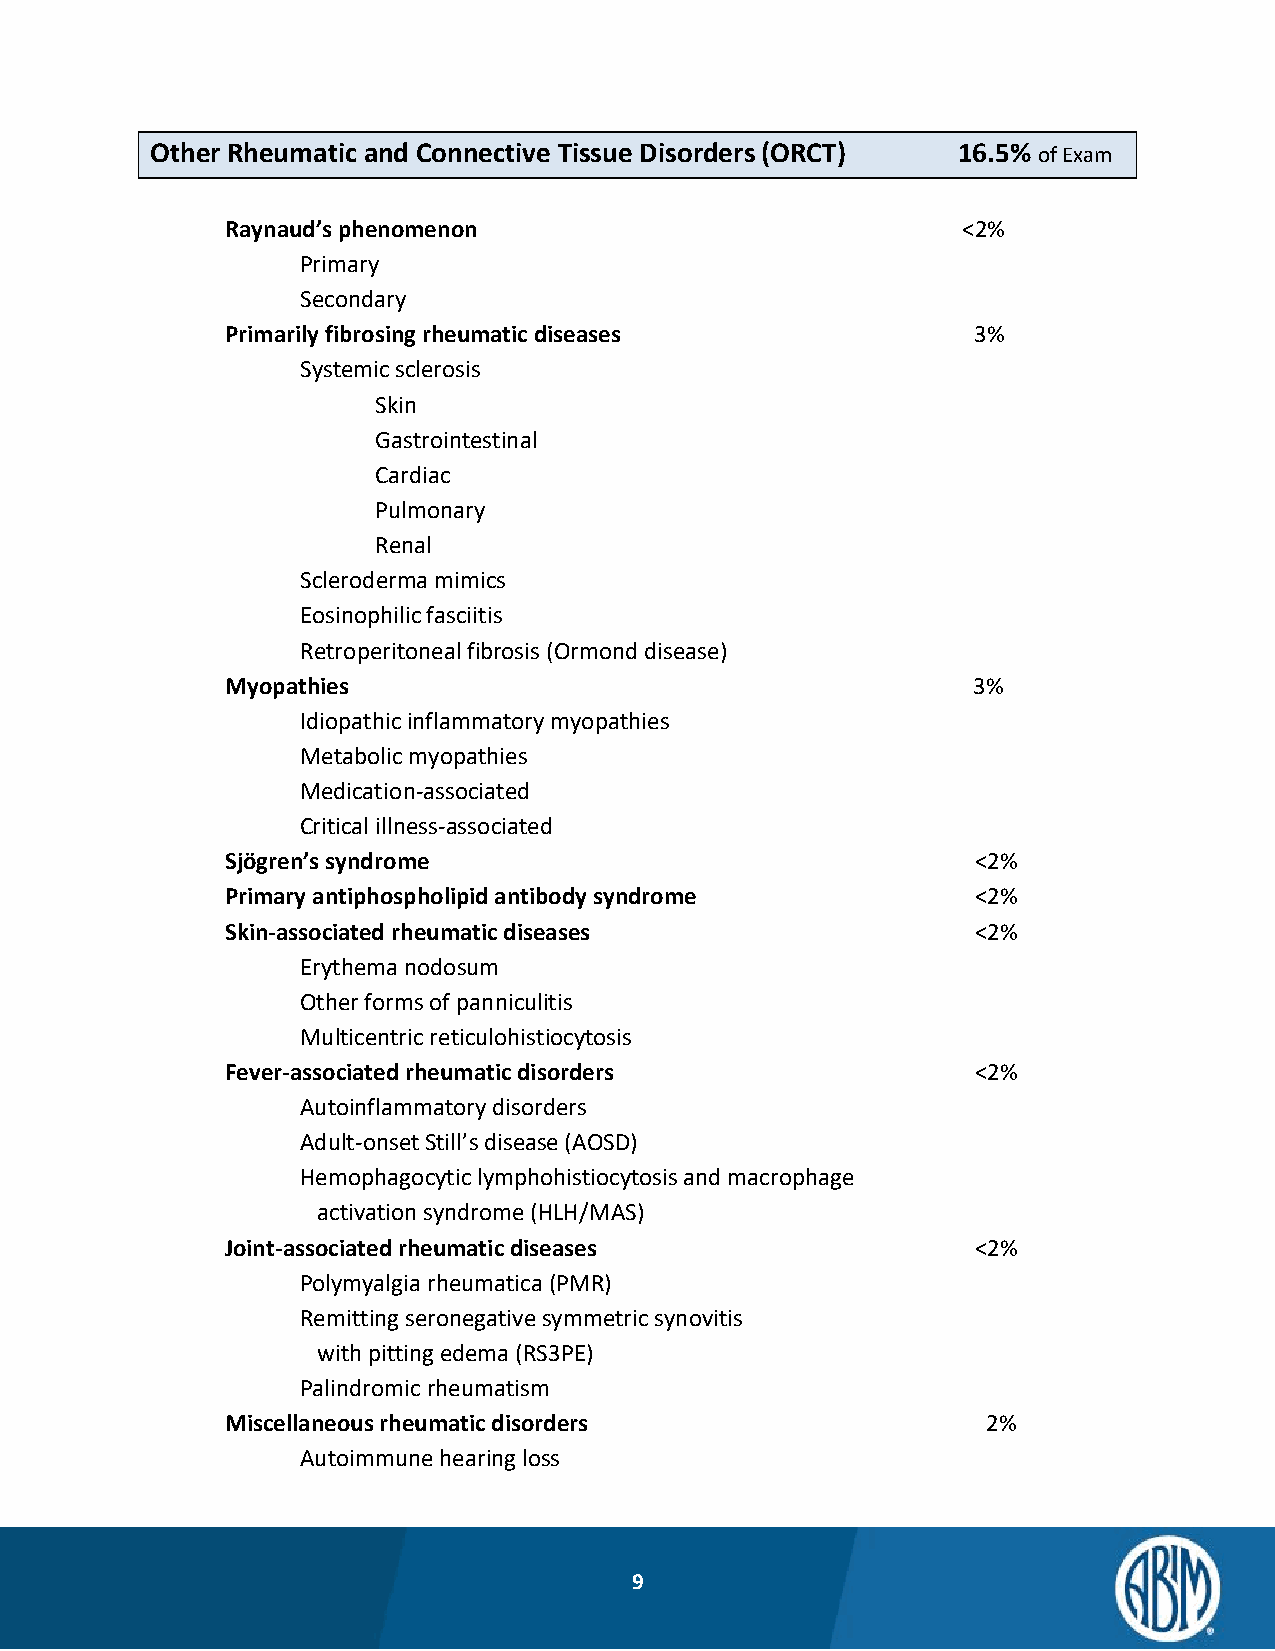
Other Rheumatic and Connective Tissue Disorders (ORCT) 16.5% of Exam
 Raynaud’s phenomenon                             <2%
 Primary
 Secondary
 Primarily fibrosing rheumatic diseases           3%
 Systemic sclerosis
 Skin
 Gastrointestinal
 Cardiac
 Pulmonary
 Renal
 Scleroderma mimics
 Eosinophilic fasciitis
 Retroperitoneal fibrosis (Ormond disease)
 Myopathies                                       3%
 Idiopathic inflammatory myopathies
 Metabolic myopathies
 Medication-associated
 Critical illness-associated
 Sjögren’s syndrome                                <2%
 Primary antiphospholipid antibody syndrome        <2%
 Skin-associated rheumatic diseases                <2%
 Erythema nodosum
 Other forms of panniculitis
 Multicentric reticulohistiocytosis
 Fever-associated rheumatic disorders              <2%
 Autoinflammatory disorders
 Adult-onset Still’s disease (AOSD)
 Hemophagocytic lymphohistiocytosis and macrophage
 activation syndrome (HLH/MAS)
 Joint-associated rheumatic diseases               <2%
 Polymyalgia rheumatica (PMR)
 Remitting seronegative symmetric synovitis
 with pitting edema (RS3PE)
 Palindromic rheumatism
 Miscellaneous rheumatic disorders                 2%
 Autoimmune hearing loss
 9